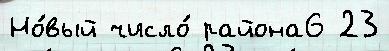
Но́вый число́ района6 23